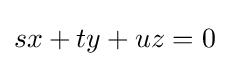
sx+ty+uz=0